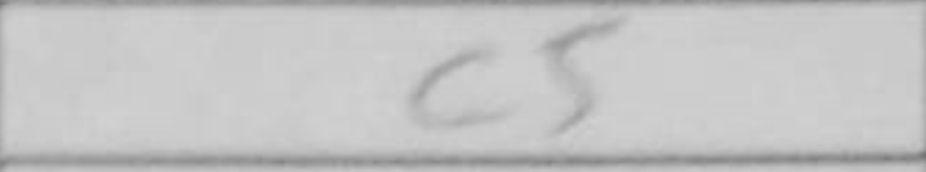
Transcription: c5